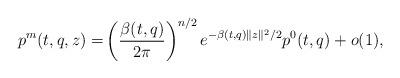
LaTeX: \begin{align*}p^m(t,q,z)=&\left(\frac{ \beta(t,q)}{2\pi}\right)^{n/2}e^{-\beta(t,q)\|z\|^2/2} p^0(t,q)+o(1),\end{align*}